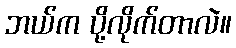
ဘယ်က ပို့လိုက်တာလဲ။